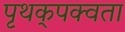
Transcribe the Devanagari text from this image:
पृथक्‌पक्वता